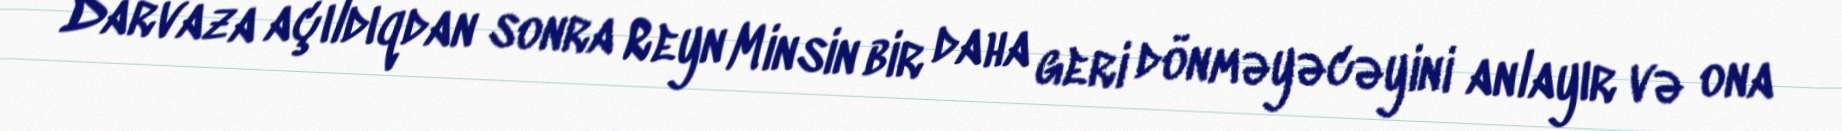
Darvaza açıldıqdan sonra Reyn Minsin bir daha geri dönməyəcəyini anlayır və ona